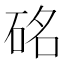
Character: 𥒊